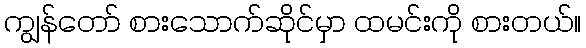
ကျွန်တော် စားသောက်ဆိုင်မှာ ထမင်းကို စားတယ်။